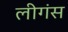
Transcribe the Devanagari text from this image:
लीगंस